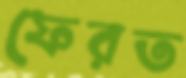
ফেরত